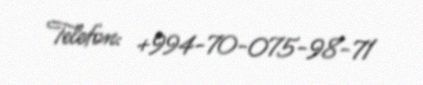
Telefon: +994-70-075-98-71